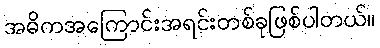
အဓိကအကြောင်းအရင်းတစ်ခုဖြစ်ပါတယ်။